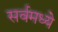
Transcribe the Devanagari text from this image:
सर्वमध्ये